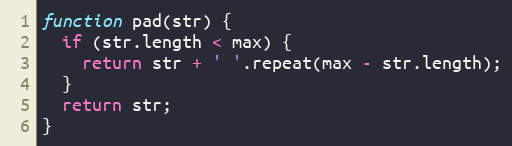
Language: JavaScript
function pad(str) {
  if (str.length < max) {
    return str + ' '.repeat(max - str.length);
  }
  return str;
}